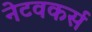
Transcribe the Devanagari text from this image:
नेटवकर्स